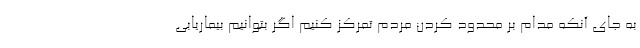
به جای آنکه مدام بر محدود کردن مردم تمرکز کنیم اگر بتوانیم بیماریابی